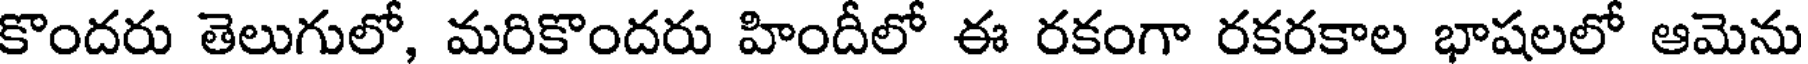
కొందరు తెలుగులో, మరికొందరు హిందీలో ఈ రకంగా రకరకాల భాషలలో ఆమెను